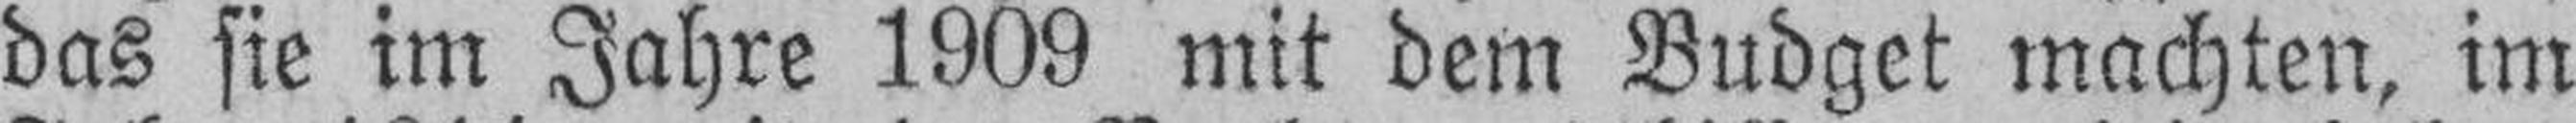
das sie im Jahre 1909 mit dem Budget machten, im